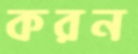
করন